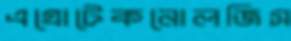
এগ্রোটেকনোলজিস